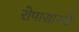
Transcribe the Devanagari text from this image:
रोपासारखे